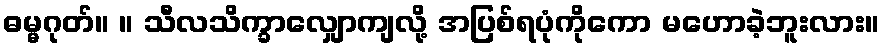
ဓမ္မဂုတ်။ ။ သီလသိက္ခာလျှောကျလို့ အပြစ်ရပုံကိုကော မဟောခဲ့ဘူးလား။